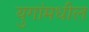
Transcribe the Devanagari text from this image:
युगांमधील